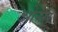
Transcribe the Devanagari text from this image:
ओम्स